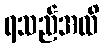
ရသည်အထိ